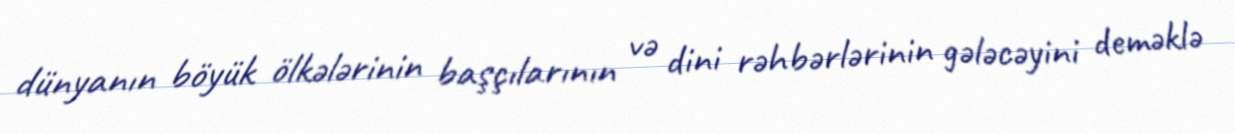
dünyanın böyük ölkələrinin başçılarının və dini rəhbərlərinin gələcəyini deməklə